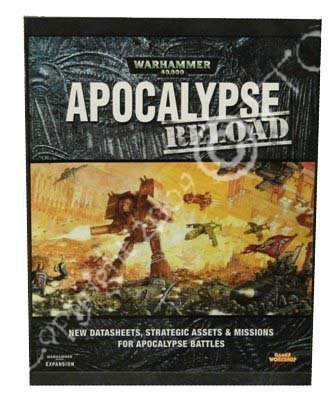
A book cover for Apocalypse Reload (Warhammer 40,000); Science Fiction & Fantasy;